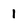
Character: 1